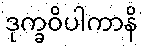
ဒုက္ခဝိပါကာနိ